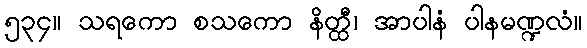
၅၃၄။ သရကော စသကော နိတ္ထီ၊ အာပါနံ ပါနမဏ္ဍလံ။